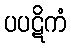
ပပဋိကံ